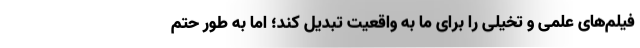
فیلم‌های علمی و تخیلی را برای ما به واقعیت تبدیل کند؛ اما به طور حتم